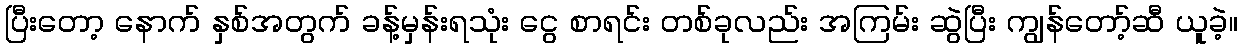
ပြီးတော့ နောက် နှစ်အတွက် ခန့်မှန်းရသုံး ငွေ စာရင်း တစ်ခုလည်း အကြမ်း ဆွဲပြီး ကျွန်တော့်ဆီ ယူခဲ့။